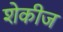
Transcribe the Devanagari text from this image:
शेकीज